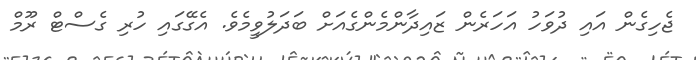
ޖެހިގެން އައި ދުވަހު އަހަރެން ޒައިދާންމެންގެއަށް ބަދަލުވީމެވެ. އެގޭގައި ހުރި ގެސްޓް ރޫމް